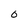
Character: 0